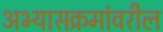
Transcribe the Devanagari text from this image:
अभ्यासक्रमांवरील